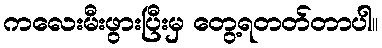
ကလေးမီးဖွားပြီးမှ တွေ့ရတတ်တာပါ။